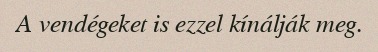
A vendégeket is ezzel kínálják meg.